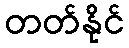
တတ်နိုင်